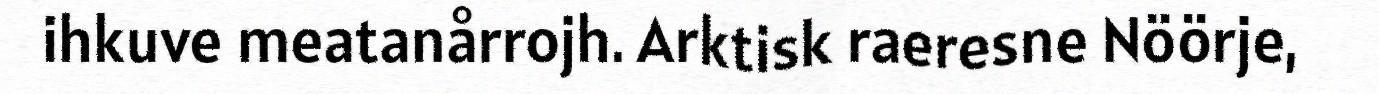
ihkuve meatanårrojh. Arktisk raeresne Nöörje,